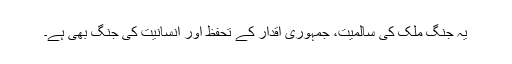
یہ جنگ ملک کی سالمیت، جمہوری اقدار کے تحفظ اور انسانیت کی جنگ بھی ہے۔